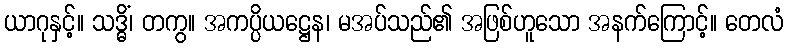
ယာဂုနှင့်။ သဒ္ဓိံ၊ တကွ။ အကပ္ပိယဋ္ဌေန၊ မအပ်သည်၏ အဖြစ်ဟူသော အနက်ကြောင့်။ တေလံ